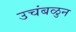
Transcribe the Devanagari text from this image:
उचंबळुन